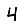
Digit: 4